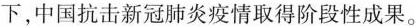
下，中国抗击新冠肺炎疫情取得阶段性成果。